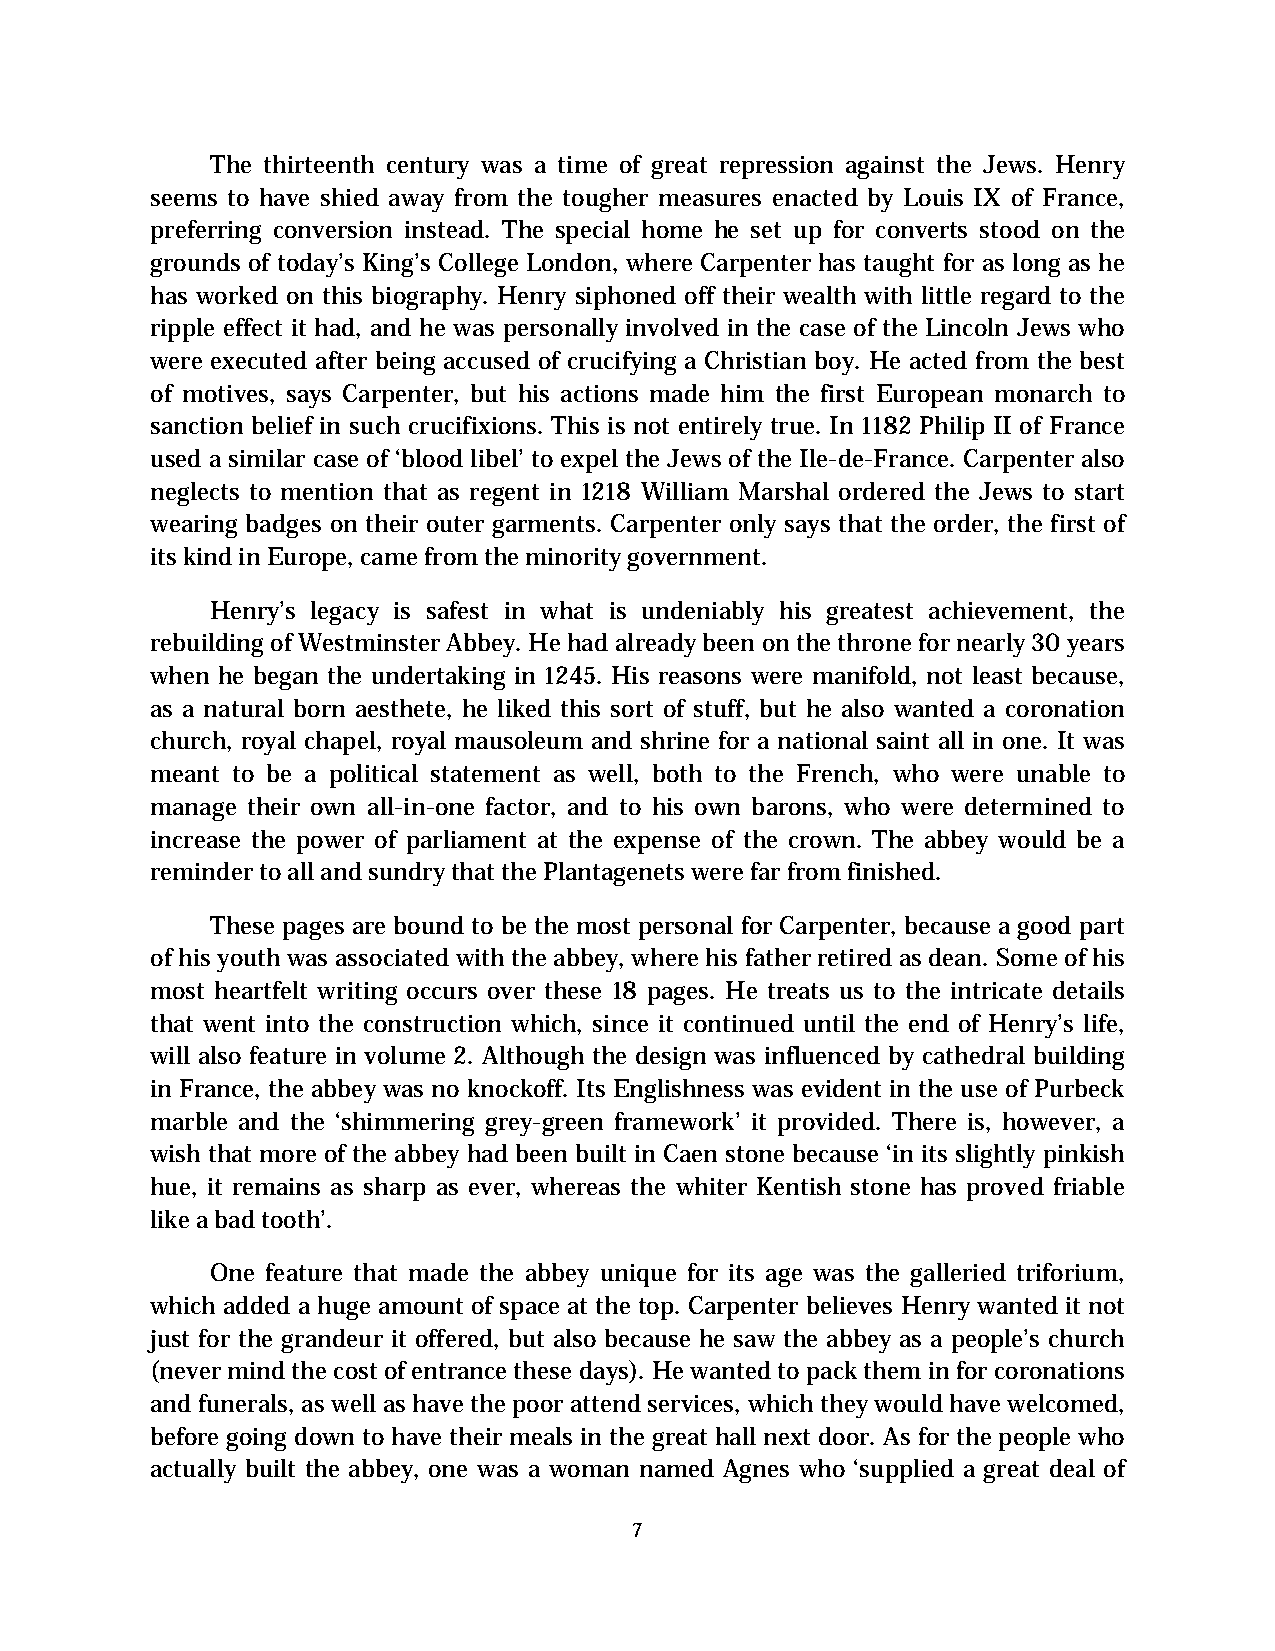
The thirteenth century was a time of great repression against the Jews. Henry
 seems to have shied away from the tougher measures enacted by Louis IX of France,
 preferring conversion instead. The special home he set up for converts stood on the
 grounds of today’s King’s College London, where Carpenter has taught for as long as he
 has worked on this biography. Henry siphoned off their wealth with little regard to the
 ripple effect it had, and he was personally involved in the case of the Lincoln Jews who
 were executed after being accused of crucifying a Christian boy. He acted from the best
 of motives, says Carpenter, but his actions made him the first European monarch to
 sanction belief in such crucifixions. This is not entirely true. In 1182 Philip II of France
 used a similar case of ‘blood libel’ to expel the Jews of the Ile-de-France. Carpenter also
 neglects to mention that as regent in 1218 William Marshal ordered the Jews to start
 wearing badges on their outer garments. Carpenter only says that the order, the first of
 its kind in Europe, came from the minority government.
 Henry’s legacy is safest in what is undeniably his greatest achievement, the
 rebuilding of Westminster Abbey. He had already been on the throne for nearly 30 years
 when he began the undertaking in 1245. His reasons were manifold, not least because,
 as a natural born aesthete, he liked this sort of stuff, but he also wanted a coronation
 church, royal chapel, royal mausoleum and shrine for a national saint all in one. It was
 meant to be a political statement as well, both to the French, who were unable to
 manage their own all-in-one factor, and to his own barons, who were determined to
 increase the power of parliament at the expense of the crown. The abbey would be a
 reminder to all and sundry that the Plantagenets were far from finished.
 These pages are bound to be the most personal for Carpenter, because a good part
 of his youth was associated with the abbey, where his father retired as dean. Some of his
 most heartfelt writing occurs over these 18 pages. He treats us to the intricate details
 that went into the construction which, since it continued until the end of Henry’s life,
 will also feature in volume 2. Although the design was influenced by cathedral building
 in France, the abbey was no knockoff. Its Englishness was evident in the use of Purbeck
 marble and the ‘shimmering grey-green framework’ it provided. There is, however, a
 wish that more of the abbey had been built in Caen stone because ‘in its slightly pinkish
 hue, it remains as sharp as ever, whereas the whiter Kentish stone has proved friable
 like a bad tooth’.
 One feature that made the abbey unique for its age was the galleried triforium,
 which added a huge amount of space at the top. Carpenter believes Henry wanted it not
 just for the grandeur it offered, but also because he saw the abbey as a people’s church
 (never mind the cost of entrance these days). He wanted to pack them in for coronations
 and funerals, as well as have the poor attend services, which they would have welcomed,
 before going down to have their meals in the great hall next door. As for the people who
 actually built the abbey, one was a woman named Agnes who ‘supplied a great deal of
 7